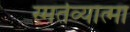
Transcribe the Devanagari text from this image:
स्मर्तव्यात्मा